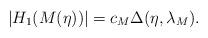
LaTeX: \begin{align*}|H_1(M(\eta))| = c_M\Delta(\eta,\lambda_M).\end{align*}